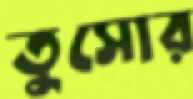
তুসোর